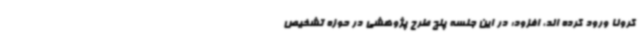
کرونا ورود کرده اند، افزود: در این جلسه پنج طرح پژوهشی ‌در حوزه تشخیص